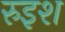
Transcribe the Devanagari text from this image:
रुइश